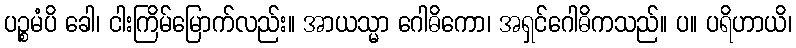
ပဉ္စမံပိ ခေါ၊ ငါးကြိမ်မြောက်လည်း။ အာယသ္မာ ဂေါဓိကော၊ အရှင်ဂေါဓိကသည်။ ပ။ ပရိဟာယိ၊